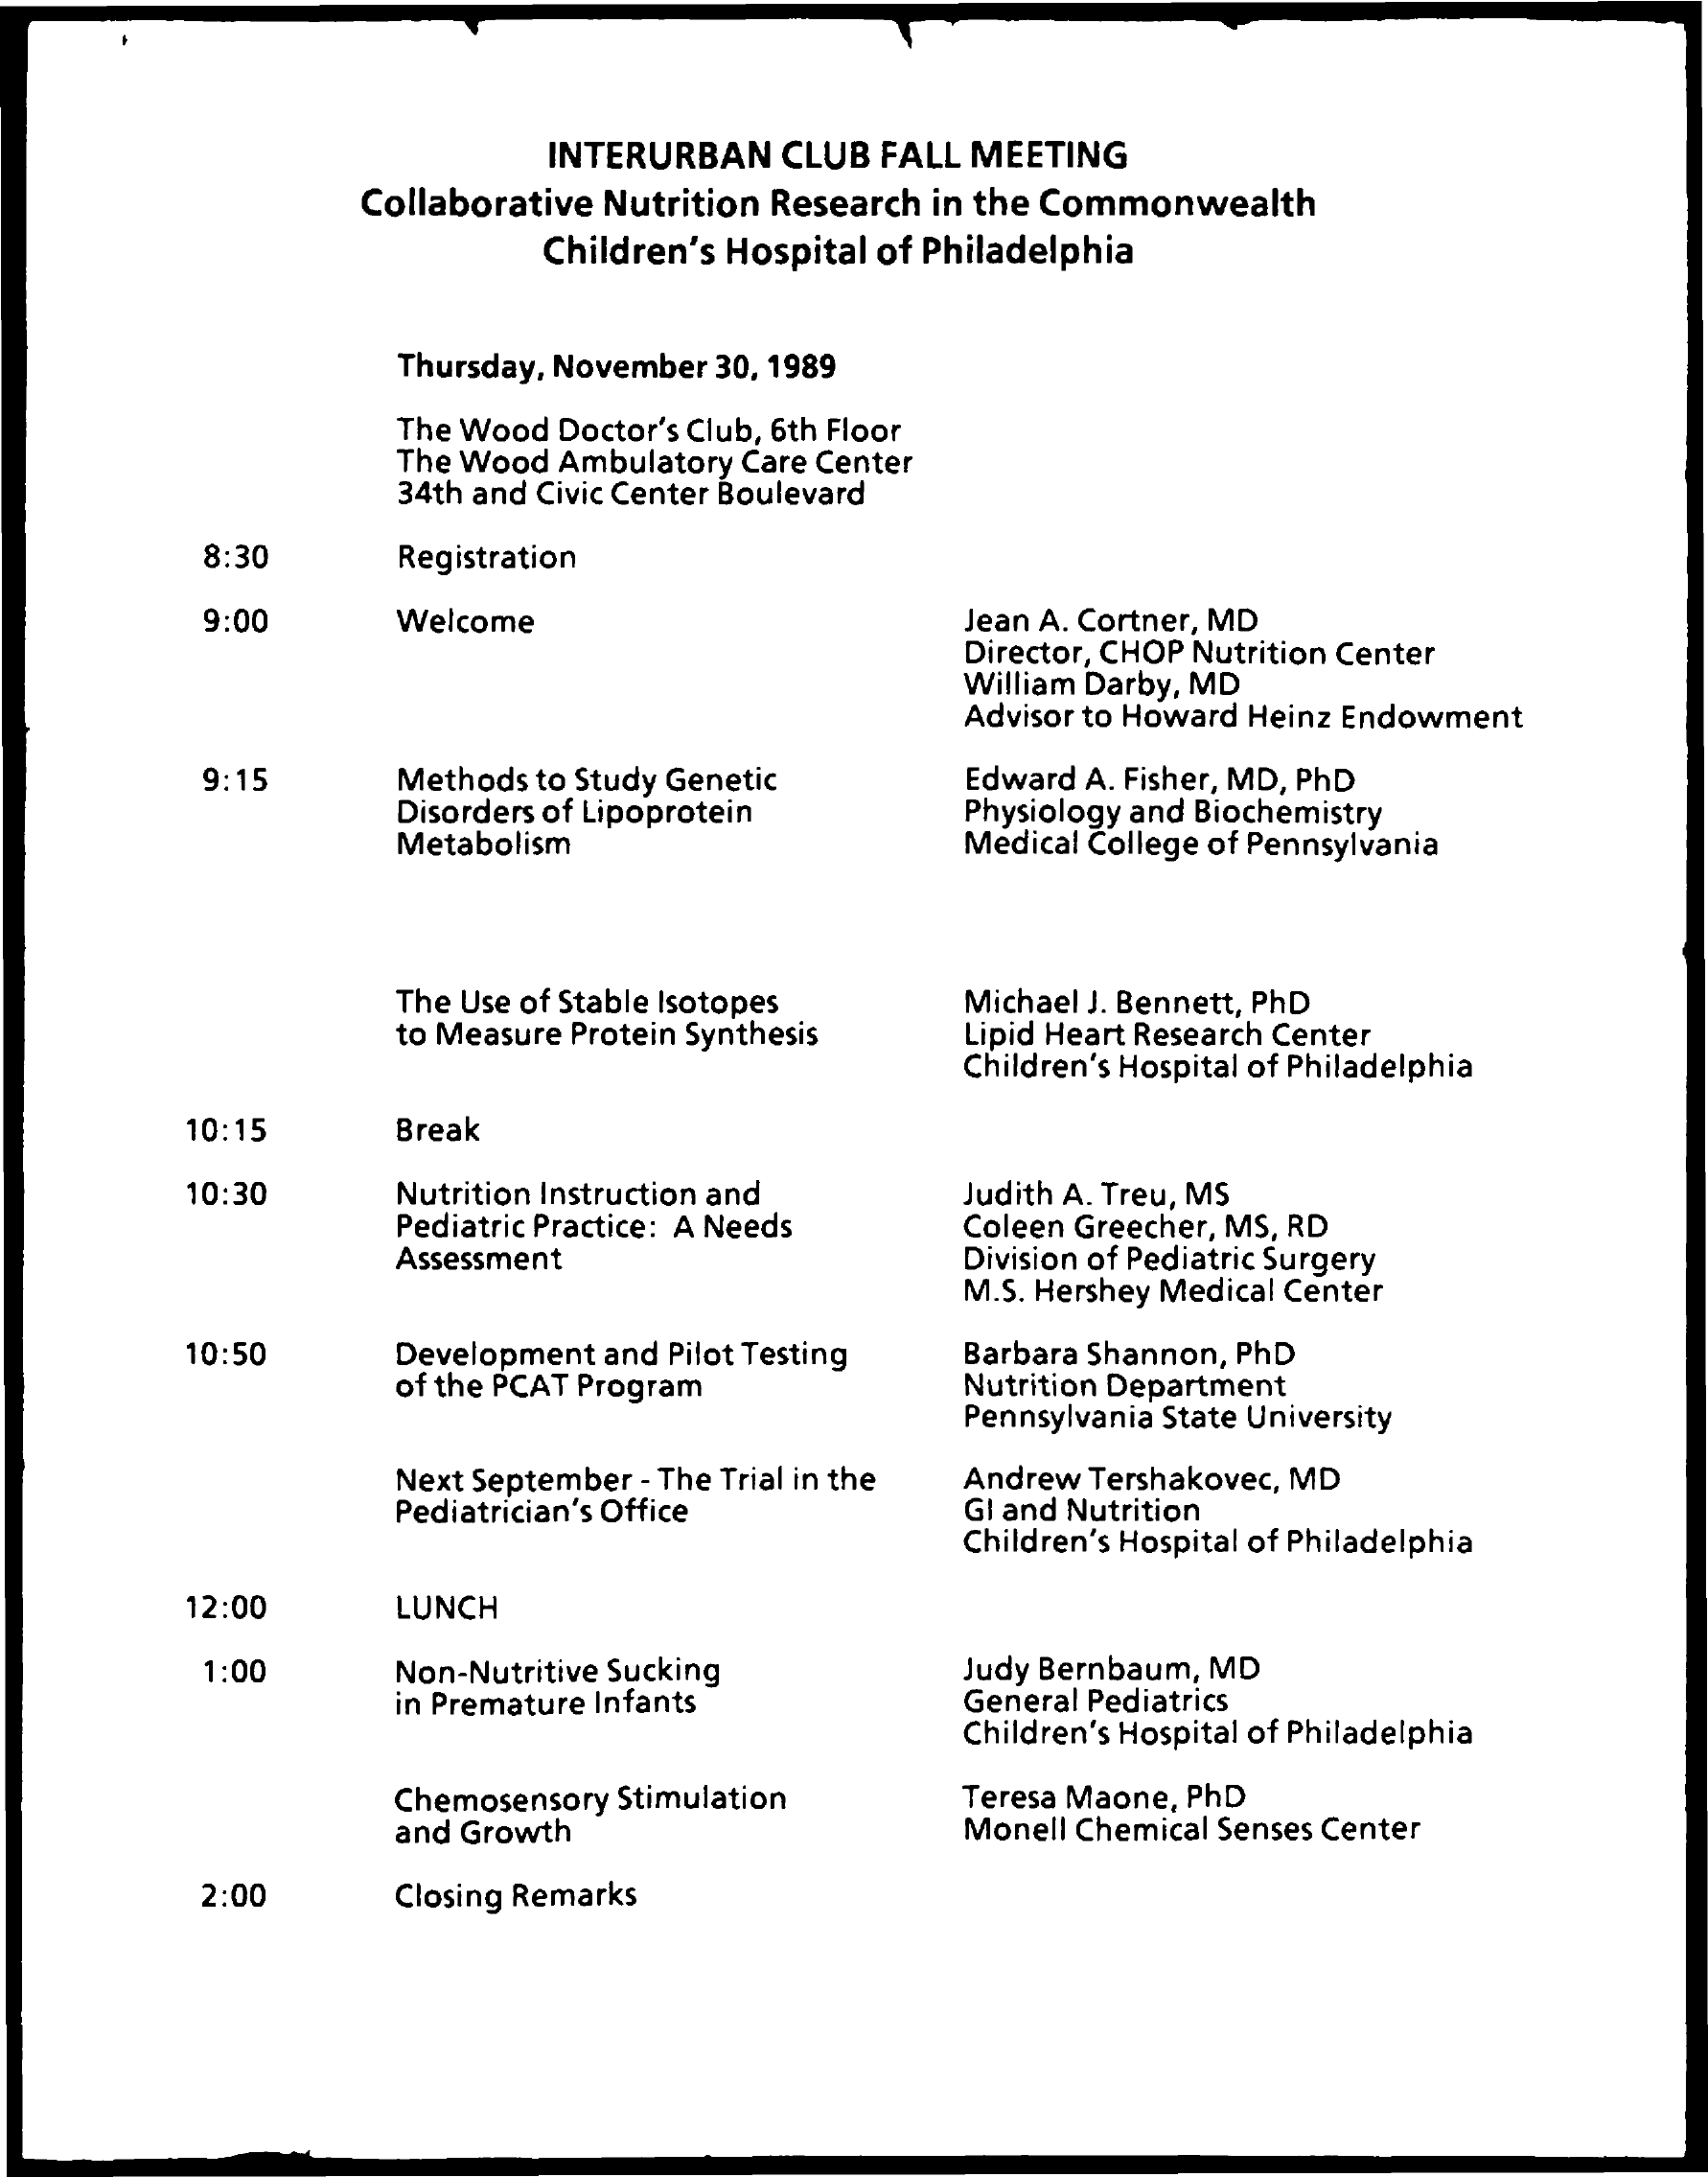
INTERURBAN CLUB FALL MEETING
     Collaborative Nutrition Research in the Commonwealth
     Children's Hospital of Philadelphia
     Thursday, November 30, 1989
     The Wood Doctor's Club, 6th Floor
     The Wood Ambulatory Care Center
     34th and Civic Center Boulevard
     8:30    Registration
     9:00    Welcome    Jean A. Cortner, MD
     Director, CHOP Nutrition Center
     William Darby, MD
     Advisor to Howard Heinz Endowment
     9:15    Methods to Study Genetic
     Disorders of Lipoprotein
     Edward A. Fisher, MD, PhD
     Physiology and Biochemistry
     Metabolism    Medical College of Pennsylvania
     The Use of Stable Isotopes
     to Measure Protein Synthesis
     Michael J. Bennett, PhD
     Lipid Heart Research Center
     Children's Hospital of Philadelphia
     10:15    Break
     10:30    Nutrition Instruction and
     Pediatric Practice: A Needs
     Judith A. Treu, MS
     Coleen Greecher, MS, RD
     Assessment    Division of Pediatric Surgery
     M.S. Hershey Medical Center
     10:50    Development and Pilot Testing
     of the PCAT Program
     Barbara Shannon, PhD
     Nutrition Department
     Pennsylvania State University
     Next September - The Trial in the
     Pediatrician's Office
     Andrew Tershakovec, MD
     GI and Nutrition
     Children's Hospital of Philadelphia
     12:00    LUNCH
     1:00    Non-Nutritive Sucking    Judy Bernbaum, MD
     in Premature Infants    General Pediatrics
     Children's Hospital of Philadelphia
     Chemosensory Stimulation    Teresa Maone, PhD
     and Growth    Monell Chemical Senses Center
     2:00    Closing Remarks